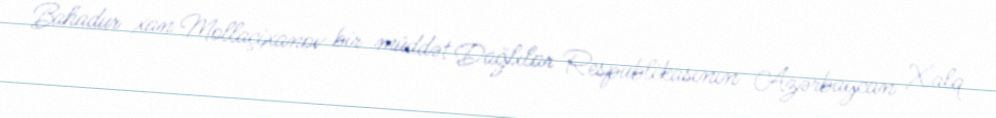
Bahadur xan Mollaçixanov bir müddət Dağlılar Respublikasının Azərbaycan Xalq